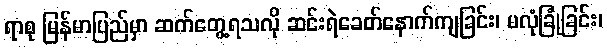
ရာစု မြန်မာပြည်မှာ ဆက်တွေ့ရသလို ဆင်းရဲခေတ်နောက်ကျခြင်း၊ မလုံခြုံခြင်း၊